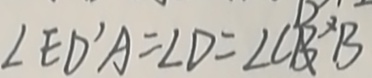
\angle E D ^ { \prime } A = \angle D = \angle C B ^ { \prime } B